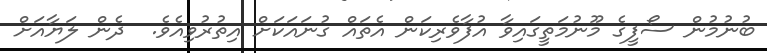
ބުނުމުން ސޯފީގެ މޫނުމަތީގައިވާ އުފާވެރިކަން އެތައް ގުނައަކަށް އިތުރުވިއެވެ.  ދެން ލަޔާއަށް